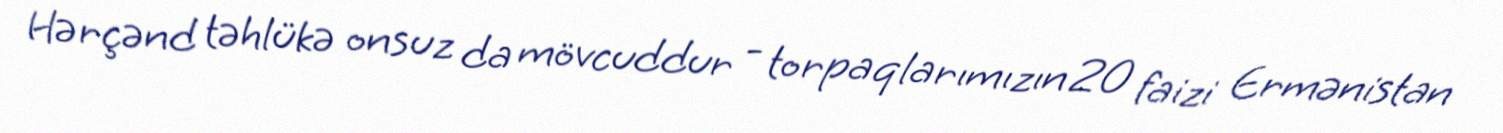
Hərçənd təhlükə onsuz da mövcuddur - torpaqlarımızın 20 faizi Ermənistan